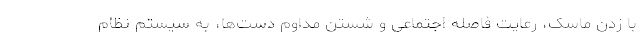
با زدن ماسک، رعایت فاصله اجتماعی و شستن مداوم دست‌ها، به سیستم نظام